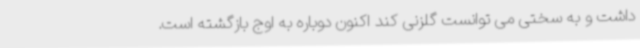
داشت و به سختی می توانست گلزنی کند اکنون دوباره به اوج بازگشته است.